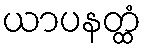
ယာပနတ္ထံ